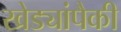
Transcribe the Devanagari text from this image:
खेड्यांपैकी